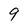
Character: 9